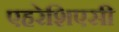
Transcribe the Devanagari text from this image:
एहरेशिएसी